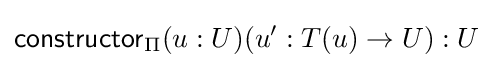
{\mathsf {constructor}}_{\Pi }(u:U)(u':T(u)\to U):U